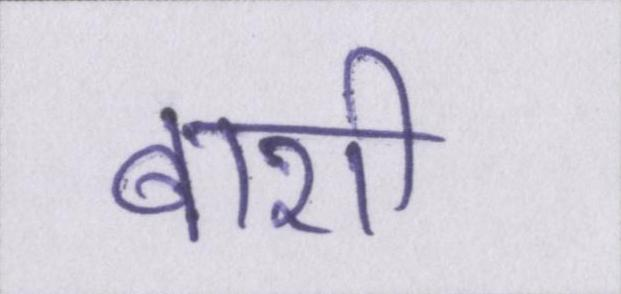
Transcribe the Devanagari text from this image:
बाशी